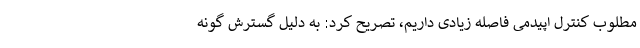
مطلوب کنترل اپیدمی فاصله زیادی داریم، تصریح کرد: به دلیل گسترش گونه